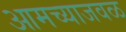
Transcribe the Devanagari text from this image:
आमच्याजवळ